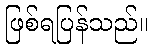
ဖြစ်ရပြန်သည်။